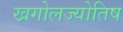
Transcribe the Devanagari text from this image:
खगोलज्योतिष